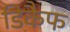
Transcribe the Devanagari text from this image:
डिकैफ